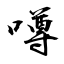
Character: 噂